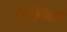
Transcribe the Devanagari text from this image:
बनतुलसी